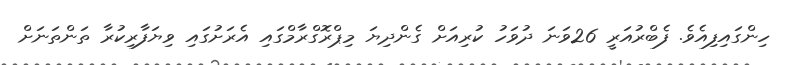
ހިންގައިފިއެވެ. ފެބްރުއަރީ 26ވަނަ ދުވަހު ކުރިއަށް ގެންދިޔަ މިޕްރޮގްރާމްގައި އެރަށުގައި ވިޔަފާރިކުރާ ތަންތަނަށް